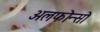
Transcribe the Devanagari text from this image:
अलफोन्सो